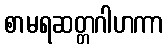
စာမရဆတ္တဂါဟကာ